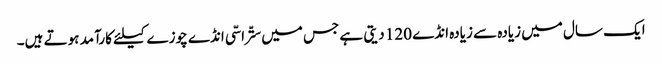
ایک سال میں زیادہ سے زیادہ انڈے 120 دیتی ہے جس میں ستّراسّی انڈے چوزے کیلئے کارآمد ہوتے ہیں۔